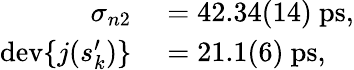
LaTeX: \begin{array}{rl}{\sigma_{n2}}&{{}=42.34(14)~\mathrm{ps},}\\ {\mathrm{dev}\{ j(s_{k}^{\prime})\} }&{{}=21.1(6)~\mathrm{ps},}\end{array}